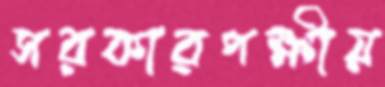
সরকারপক্ষীয়